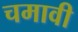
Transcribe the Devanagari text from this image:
चमावी